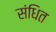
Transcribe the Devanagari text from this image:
संधित